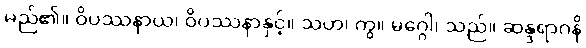
မည်၏။ ဝိပဿနာယ၊ ဝိပဿနာနှင့်။ သဟ၊ ကွ။ မဂ္ဂေါ၊ သည်။ ဆန္ဒရာဂနိ